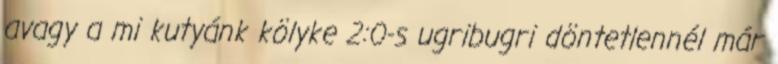
avagy a mi kutyánk kölyke 2:0-s ugribugri döntetlennél már